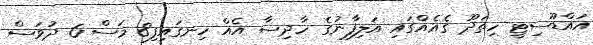
އައްޑޫސިޓީ ހިތަދޫ ގެއެއްގައި އަލިފާނުގެ ހާދިސާ އެއް ހިނގައިފި8 މަސް 6 ދުވަސް